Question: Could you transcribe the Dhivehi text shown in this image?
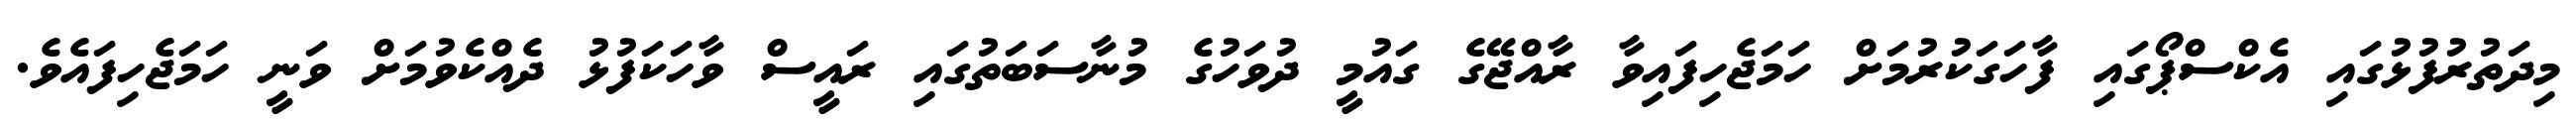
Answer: މިދަތުރުފުޅުގައި އެކްސްޕޯގައި ފާހަގަކުރުމަށް ހަމަޖެހިފައިވާ ރާއްޖޭގެ ގައުމީ ދުވަހުގެ މުނާސަބަތުގައި ރައީސް ވާހަކަފުޅު ދެއްކެވުމަށް ވަނީ ހަމަޖެހިފައެވެ.